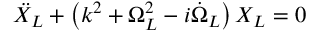
\ddot { X } _ { L } + \left( k ^ { 2 } + \Omega _ { L } ^ { 2 } - i \dot { \Omega } _ { L } \right) X _ { L } = 0 \,